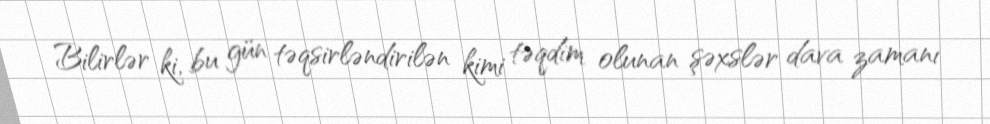
Bilirlər ki, bu gün təqsirləndirilən kimi təqdim olunan şəxslər dava zamanı